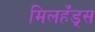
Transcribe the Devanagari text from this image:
मिलहँड्‌स